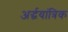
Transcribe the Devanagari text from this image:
अर्द्धयांत्रिक